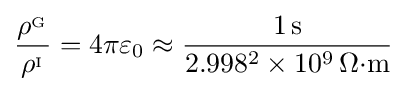
{\frac {\rho ^{_{\mathrm {G} }}}{\rho ^{_{\mathrm {I} }}}}=4\pi \varepsilon _{0}\approx {\frac {1\,\mathrm {s} }{2.998^{2}\times 10^{9}\,\Omega {\cdot }\mathrm {m} }}